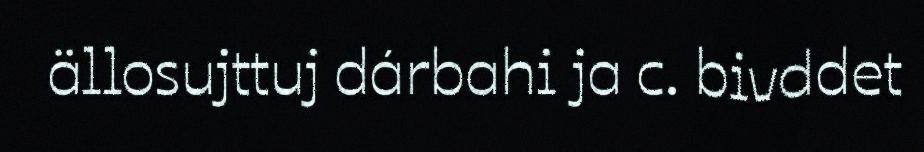
ällosujttuj dárbahi ja c. bivddet